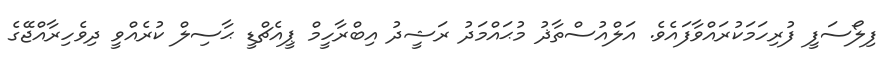
ފިލޯސަފީ ފުރިހަމަކުރައްވާފައެވެ. އަލްއުސްތާޛު މުޙައްމަދު ރަޝީދު އިބްރާހީމް ޕީއެޗްޑީ ޙާސިލް ކުރެއްވީ ދިވެހިރާއްޖޭގެ